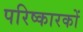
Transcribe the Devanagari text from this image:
परिष्कारकों